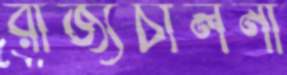
রাজ্যচালনা